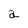
Character: a